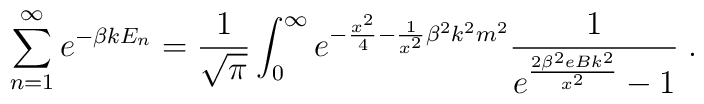
\sum_{n=1}^{\infty} e^{- \beta k E_n} = \frac {1} {\sqrt{\pi}} \int_0^{\infty} e^{- \frac {x^2} {4} - \frac {1} {x^2} {\beta}^2 k^2 m^2} \frac {1} {e^{\frac {2 {\beta}^2 e B k^2} {x^2}} -1} \; .